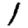
Digit: 1